Source: Handwritten
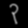
Digit: ၃ (3)